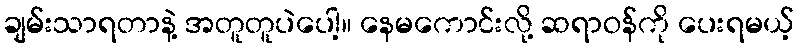
ချမ်းသာရတာနဲ့ အတူတူပဲပေါ့။ နေမကောင်းလို့ ဆရာဝန်ကို ပေးရမယ့်